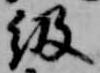
級